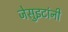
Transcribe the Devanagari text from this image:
जेसुइटांनी